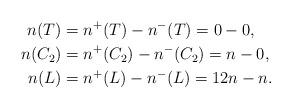
LaTeX: \begin{align*}n(T) &= n^+(T) - n^-(T) = 0 - 0, \\n(C_2) &= n^+(C_2) - n^-(C_2) = n - 0, \\n(L) &= n^+(L) - n^-(L) = 12n - n. \end{align*}